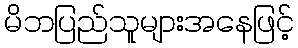
မိဘပြည်သူများအနေဖြင့်